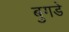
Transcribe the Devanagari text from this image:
बुगडे